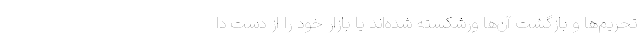
تحریم‌ها و بازگشت آن‌ها ورشکسته شده‌اند یا بازار خود را از دست دا